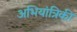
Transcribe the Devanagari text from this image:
अभियांत्रिकी